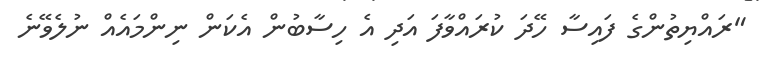
"ރައްޔިތުންގެ ފައިސާ ހޭދަ ކުރައްވާފަ އަދި އެ ހިސާބުން އެކަން ނިންމައެއް ނުލެވޭނެ